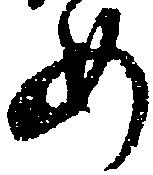
め